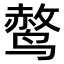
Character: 𫛿